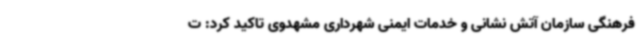
فرهنگی سازمان آتش نشانی و خدمات ایمنی شهرداری مشهدوی تاکید کرد: ت